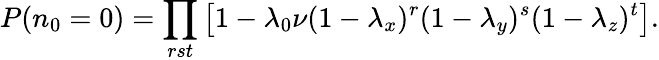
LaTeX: P(n_{0}=0)=\prod_{rst}\left[1-\lambda_{0}\nu(1-\lambda_{x})^{r}(1-\lambda_{y})^{s}(1-\lambda_{z})^{t}\right].